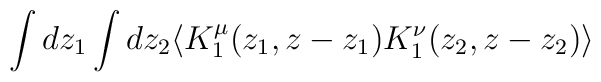
\int dz_1 \int dz_2\langle K^\mu _1 (z_1,z-z_1)K^\nu _1(z_2, z-z_2) \rangle